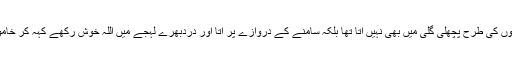
‘‘وہ دوسرے فقیروں کی طرح پچھلی گلی میں بھی نہیں آتا تھا بلکہ سامنے کے دروازے پر آتا اور دردبھرے لہجے میں اللہ خوش رکھے کہہ کر خاموش کھڑا ہو جاتا۔